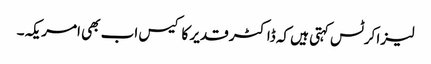
لیزا کرٹس کہتی ہیں کہ ڈاکٹر قدیر کا کیس اب بھی امریکہ۔